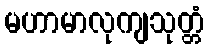
မဟာမာလုကျသုတ္တံ